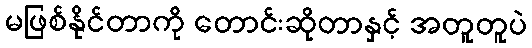
မဖြစ်နိုင်တာကို တောင်းဆိုတာနှင့် အတူတူပဲ